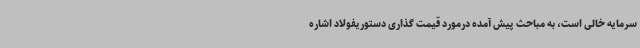
سرمایه خالی است، به مباحث پیش آمده درمورد قیمت گذاری دستوریفولاد اشاره